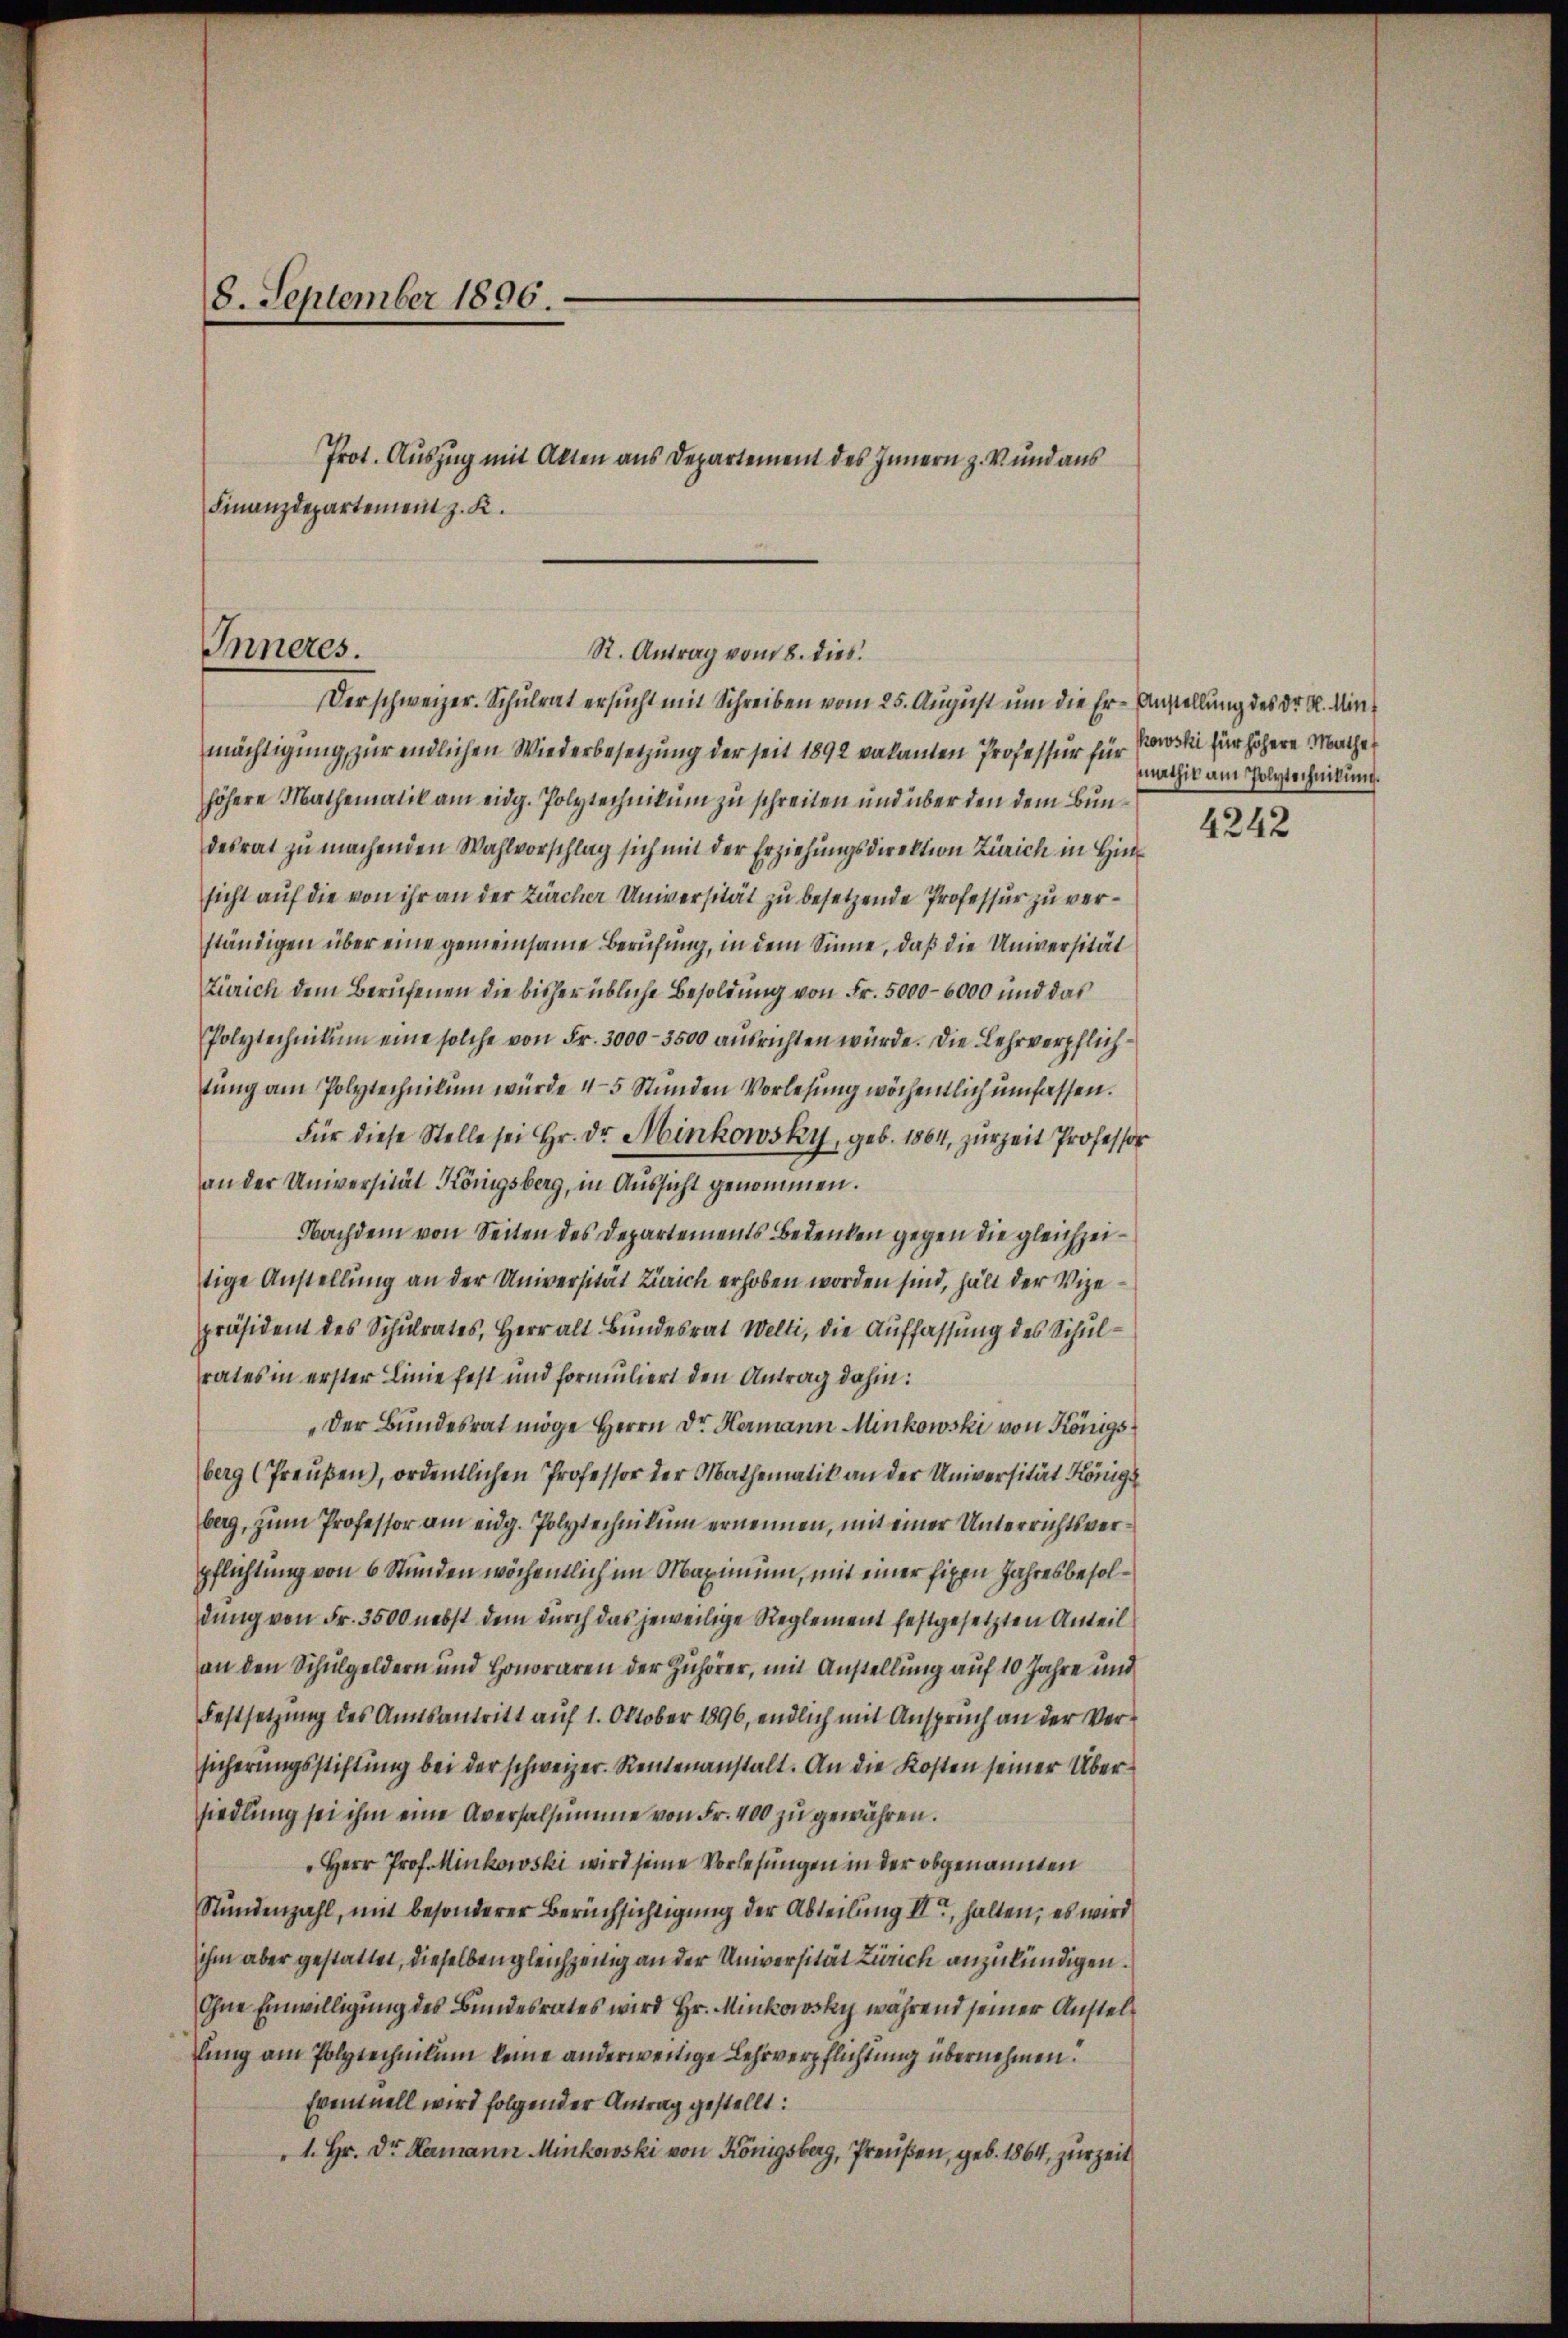
8. September 1896.

Prot. Auszug mit Akten aus Departement des Innern z. V und aus
Finanzdepartement z. K.

Inneres.
St. Antrag vom 8. dies
Der schweizer. Schulrat ersucht mit Schreiben vom 25. August um die Er-Anstellung des Dr. K. Min¬

mächtigung, zur endlichen Wiederbesetzung der seit 1892 vakanten Professur für Erowski für höhere Mathe
höhere Mathematik am eidg. Polytechnikum zu schreiten und über den dem Bundesrat zu machenden Wahlvorschlag sich mit der Erziehungsdirektion Zürich in Hinsicht auf die von ihr an der Zürcher Universität zu besetzende Professur zu verständigen über eine gemeinsame Berufung, in dem Sinne, daß die Universität
Zürich dem Berufenen die bisher übliche Besoldung von Fr. 5000–6000 und das
Polytechnikum eine solche von Fr. 3000-3500 ausrichten würde. Die Lehrverpflichtung am Polytechnikum würde 4-5 Stunden Vorlesung wöchentlich umfassen.
Für diese Stelle sei Hr. Dr. Minkowsky, geb. 1864, zur Zeit Professor
an der Universität Königsberg, in Aussicht genommen.
Nachdem von Seiten des Departements Bedenken gegen die gleichzeitige Anstellung an der Universität Zürich erhoben worden sind, hält der Vizepräsident des Schulrates, Herr alt Bundesrat Welti, die Auffassung des Schulrates in erster Linie fest und formuliert den Antrag dahin:
Der Bundesrat möge Herrn Dr. Hermann Minkowski von Königsberg (Preußen), ordentlichen Professor der Mathematik an der Universität Königs
berg, zum Professor am eidg. Polytechnikum ernennen, mit einer Unterrichtsverpflichtung von 6 Stunden wöchentlich im Maximum, mit einer fixen Jahresbesoldung von Fr. 3500 nebst dem durch das jeweilige Reglement festgesetzten Anteil
an den Schulgeldern und Honoraren der Zuhörer, mit Anstellung auf 10 Jahre und
Festsetzung des Amtsantritt auf 1. Oktober 1896, endlich mit Anspruch an der Versicherungsstiftung bei der schweizer. Rentenanstalt. An die Kosten seiner Übersiedlung sei ihm eine Aversalsumme von Fr. 400 zu gewähren.
Herr Prof. Minkowski wird seine Vorlesungen in der obgenannten
Stundenzahl, mit besonderer Berüchsichtigung der Abteilung III, halten; es wird
ihm aber gestattet, dieselben gleichzeitig an der Universität Zürich anzukündigen.
ohne Einwilligung des Bundesrates wird Hr. Minkowsky während seiner Anstellung am Polytechnikum keine anderweitige Lehrverpflichtung übernehmen.
Eventuell wird folgender Antrag gestellt:
1. Hr. Dr. Hermann Minkowski von Königsberg, Preußen, geb. 1864, zur Zeit

Mathik am Polytechnikung.

4242